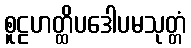
စူဠဟတ္ထိပဒေါပမသုတ္တံ